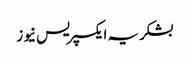
بشکریہ ایکسپریس نیوز